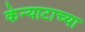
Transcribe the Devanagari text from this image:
केन्याटाच्या